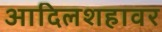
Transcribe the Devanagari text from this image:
आदिलशहावर